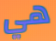
هي